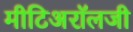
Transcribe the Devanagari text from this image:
मीटिअरॉलजी